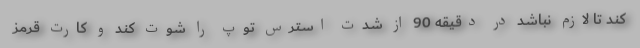
کند تا لازم نباشد در دقیقه 90 از شدت استرس توپ را شوت کند و کارت قرمز